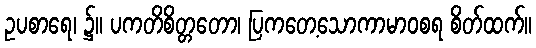
ဥပစာရေ၊ ၌။ ပကတိစိတ္တတော၊ ပြကတေ့သောကာမာဝစရ စိတ်ထက်။